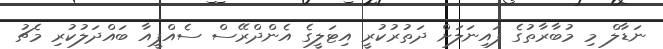
ނަޑާލް މި މުބާރާތުގެ ފައިނަލަށް ދަތުރުކުރީ އިޓަލީގެ އެންދްރޭސް ސެއްޕީއާ ބައްދަލުކުރި މެޗު